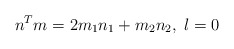
\begin{align*}n^T m = 2 m_1 n_1 + m_2 n_2,\;l=0 \end{align*}